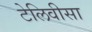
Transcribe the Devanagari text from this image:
टेलिवीसा